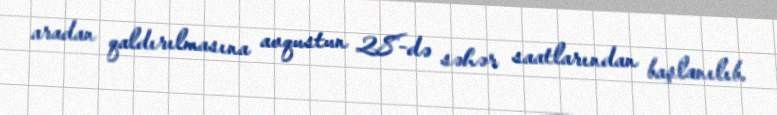
aradan qaldırılmasına avqustun 28-də səhər saatlarından başlanılıb.